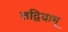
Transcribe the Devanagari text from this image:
तद्विदाम्